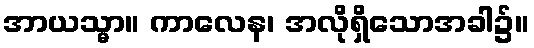
အာယသ္မာ။ ကာလေန၊ အလိုရှိသောအခါ၌။